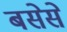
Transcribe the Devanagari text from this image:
बसेसे